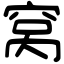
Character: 窝